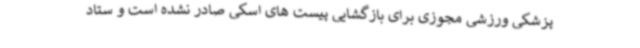
پزشکی ورزشی مجوزی برای بازگشایی پیست های اسکی صادر نشده است و ستاد